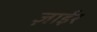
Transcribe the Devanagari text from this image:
ज़ाईर